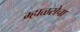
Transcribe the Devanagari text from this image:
म्हाळसेचा